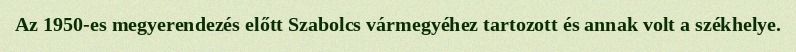
Az 1950-es megyerendezés előtt Szabolcs vármegyéhez tartozott és annak volt a székhelye.